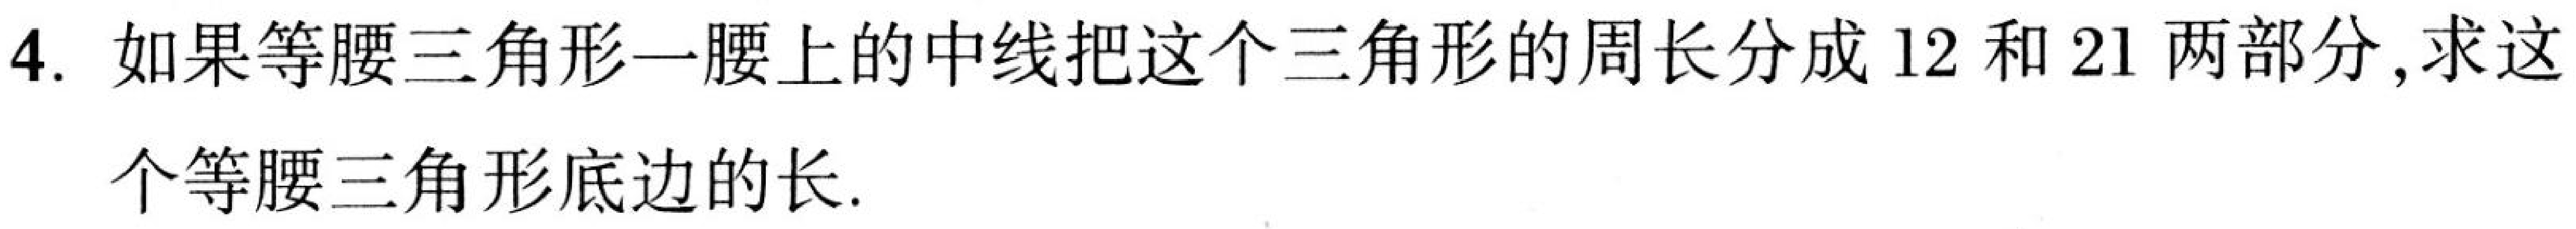
4. 如果等腰三角形一腰上的中线把这个三角形的周长分成12和21两部分,求这
个等腰三角形底边的长.